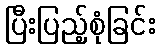
ပြီးပြည့်စုံခြင်း